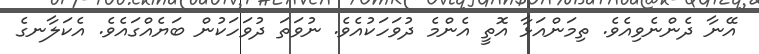
އޭނާ ދެންނެވިއެވެ. ތިމަންއަޅާ އޮތީ އެންމެ ދުވަހަކުއެވެ. ނުވަތަ ދުވަހަކުން ބަޔެއްގައެވެ. އެކަލާނގެ